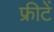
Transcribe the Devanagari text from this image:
फ्रीटें